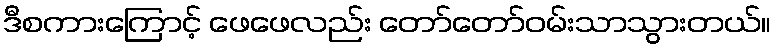
ဒီစကားကြောင့် ဖေဖေလည်း တော်တော်ဝမ်းသာသွားတယ်။